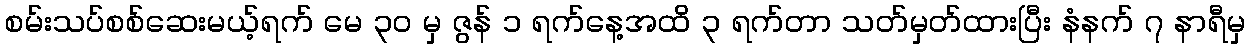
စမ်းသပ်စစ်ဆေးမယ့်ရက် မေ ၃၀ မှ ဇွန် ၁ ရက်နေ့အထိ ၃ ရက်တာ သတ်မှတ်ထားပြီး နံနက် ၇ နာရီမှ